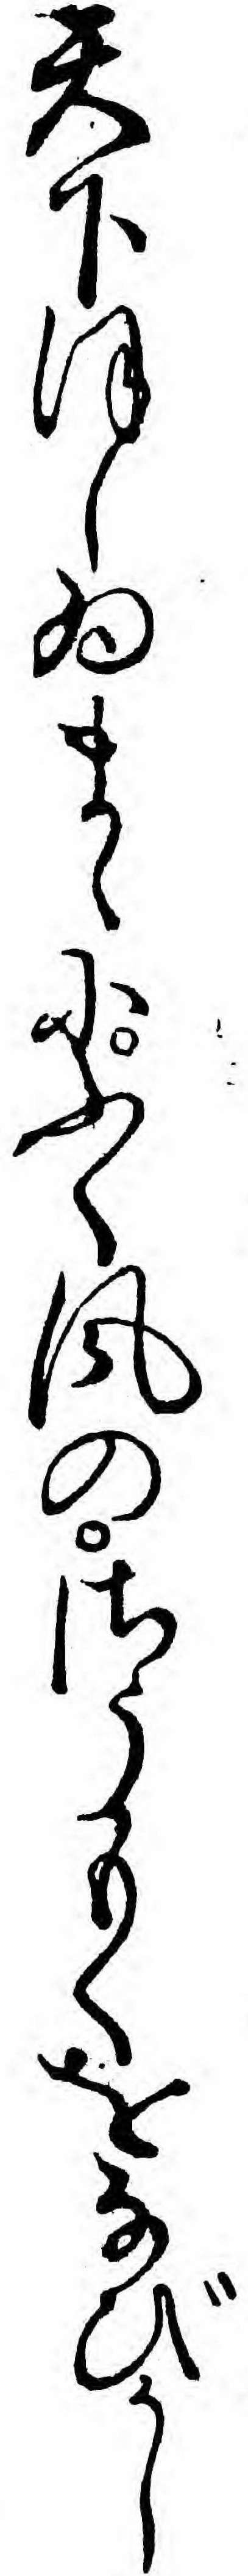
天下ほしゐまゝにふく風のさうもくをなびかし